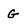
Character: G